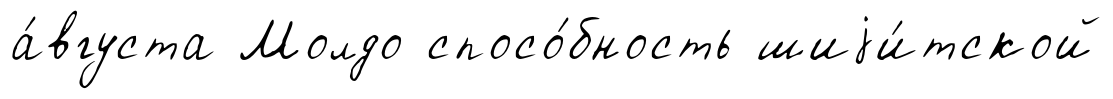
а́вгуста Молдо спосо́бность шиjи́тской